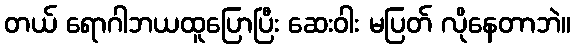
တယ် ရောဂါဘယထူပြောပြီး ဆေးဝါး မပြတ် လိုနေတာဘဲ။